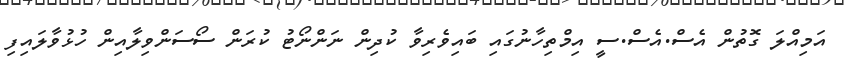
އަމިއްލަ ގޮތުން އެސް.އެސް.ސީ އިމްތިހާނުގައި ބައިވެރިވާ ކުދިން ނަންނޯޓު ކުރަން ސޯސަންވިލާއިން ހުޅުވާލައިފި